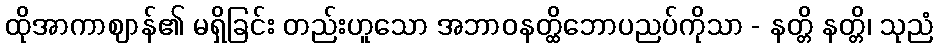
ထိုအာကာဈာန်၏ မရှိခြင်း တည်းဟူသော အဘာဝနတ္ထိဘောပညပ်ကိုသာ - နတ္တိ နတ္တိ၊ သုညံ